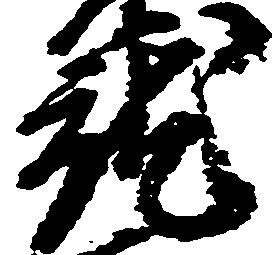
就